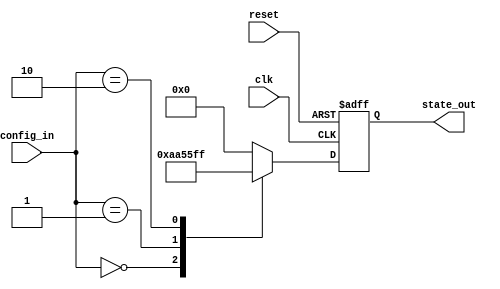
module ConfigurableInit
#(
    parameter WIDTH = 8,            // Width of the internal state
    parameter NUM_CONFIGS = 4       // Number of configuration inputs
)
(
    input wire [NUM_CONFIGS-1:0] config_in, // Configuration inputs
    input wire clk,                          // Clock input
    input wire reset,                        // Reset input
    output reg [WIDTH-1:0] state_out        // State outputs
);

// Internal state register
reg [WIDTH-1:0] internal_state;

// Initialization logic based on configuration inputs
always @(*) begin
    case (config_in)
        2'b00: internal_state = 8'hAA; // Example condition 1
        2'b01: internal_state = 8'h55; // Example condition 2
        2'b10: internal_state = 8'hFF; // Example condition 3
        2'b11: internal_state = 8'h00; // Example condition 4
        default: internal_state = 8'h00;
    endcase
end

// Edge detection and state initialization
always @(posedge clk or posedge reset) begin
    if (reset) begin
        state_out <= 8'h00; // Reset state
    end else begin
        state_out <= internal_state; // Load initial state based on config
    end
end

endmodule